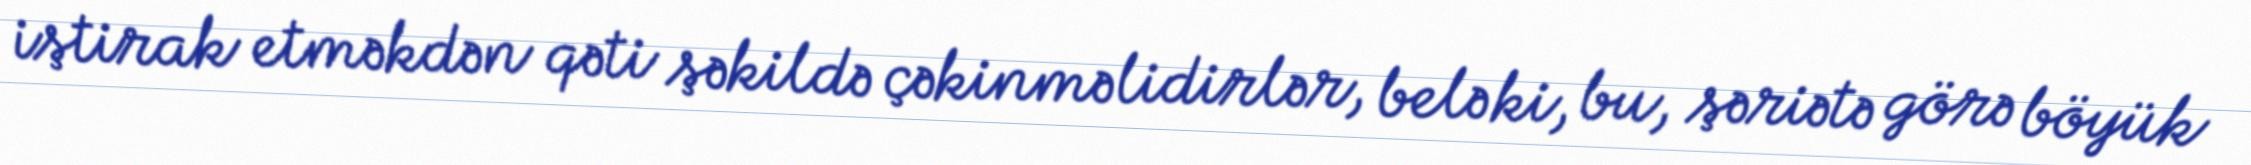
iştirak etməkdən qəti şəkildə çəkinməlidirlər, belə ki, bu, şəriətə görə böyük